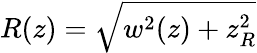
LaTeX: R(z)=\sqrt{w^{2}(z)+z_{R}^{2}}